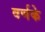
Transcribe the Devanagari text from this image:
वर्णके